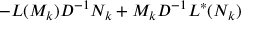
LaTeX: - L ( M _ { k } ) D ^ { - 1 } N _ { k } + M _ { k } D ^ { - 1 } L ^ { \ast } ( N _ { k } )